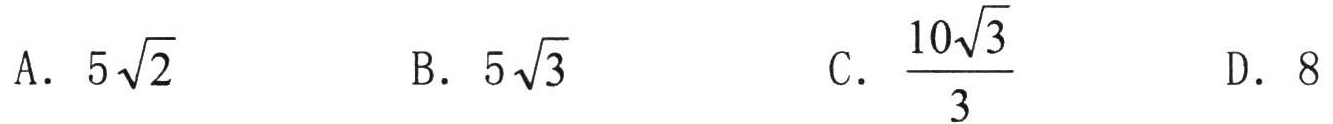
A. \(5\sqrt{2}\)  B. \(5\sqrt{3}\)  C. \(\frac{10\sqrt{3}}{3}\)  D. \(8\)